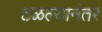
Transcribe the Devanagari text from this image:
टळल्यानंतर